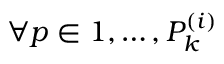
\forall p \in 1 , \ldots , P _ { k } ^ { ( i ) }